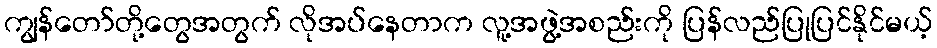
ကျွန်တော်တို့တွေအတွက် လိုအပ်နေတာက လူ့အဖွဲ့အစည်းကို ပြန်လည်ပြုပြင်နိုင်မယ့်